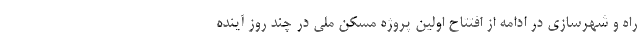
راه و شهرسازی در ادامه از افتتاح اولین پروژه مسکن ملی در چند روز آینده